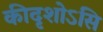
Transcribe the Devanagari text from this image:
कीदृशोऽसि